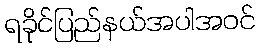
ရခိုင်ပြည်နယ်အပါအဝင်